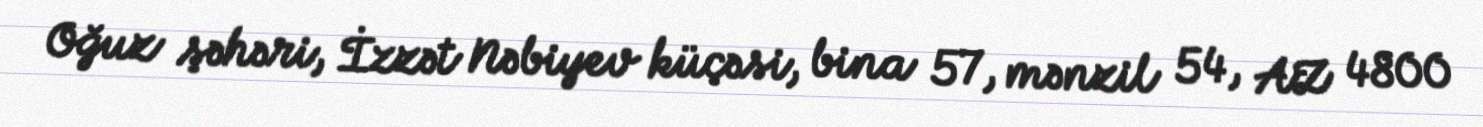
Oğuz şəhəri, İzzət Nəbiyev küçəsi, bina 57, mənzil 54, AZ 4800